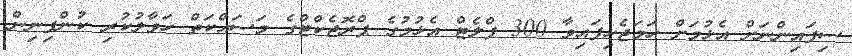
ސިފައިންނަށް އެޅުމަށް ހަމަޖެހިފައިވާ 300 ފްލެޓް އެޅުމުގެ ޕްރޮޖެކްޓްގެ މަސައްކަތް ހަވާލުކުރި ކުންފިނިން